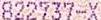
822737-X